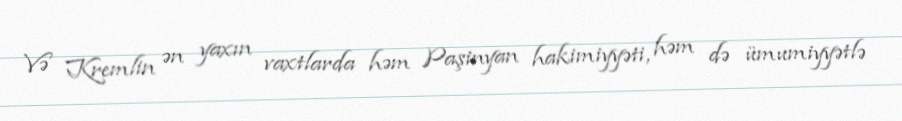
Və Kremlin ən yaxın vaxtlarda həm Paşinyan hakimiyyəti, həm də ümumiyyətlə